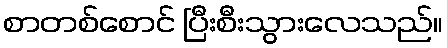
စာတစ်စောင် ပြီးစီးသွားလေသည်။